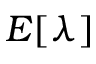
E [ \lambda ]